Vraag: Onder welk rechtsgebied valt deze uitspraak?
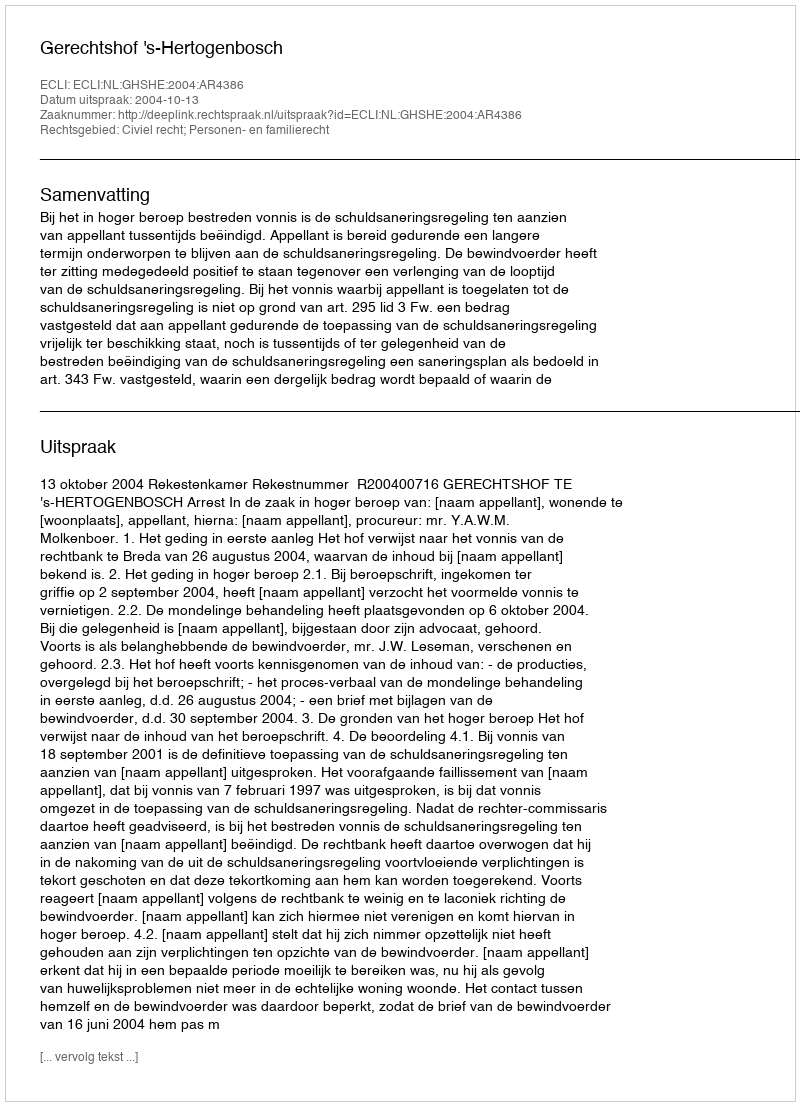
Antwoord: Civiel recht; Personen- en familierecht